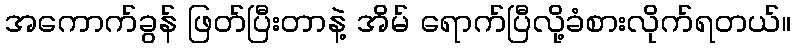
အကောက်ခွန် ဖြတ်ပြီးတာနဲ့ အိမ် ရောက်ပြီလို့ခံစားလိုက်ရတယ်။